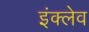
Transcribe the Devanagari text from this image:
इंक्लेव